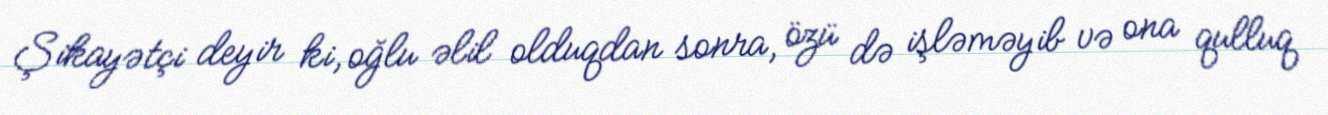
Şikayətçi deyir ki, oğlu əlil olduqdan sonra, özü də işləməyib və ona qulluq